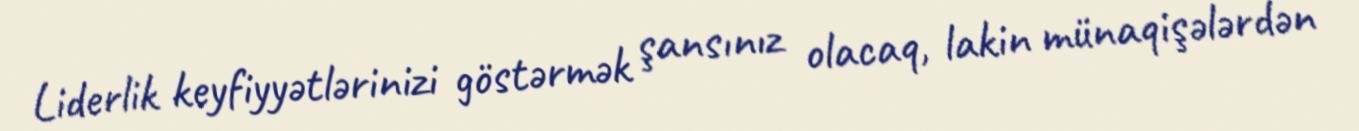
Liderlik keyfiyyətlərinizi göstərmək şansınız olacaq, lakin münaqişələrdən